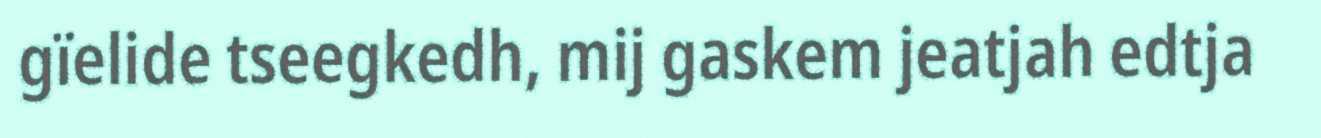
gïelide tseegkedh, mij gaskem jeatjah edtja